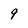
Character: 9